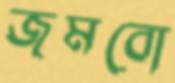
জমবো